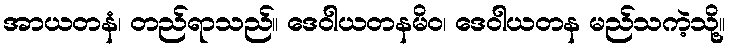
အာယတနံ၊ တည်ရာသည်။ ဒေဝါယတနမိဝ၊ ဒေဝါယတန မည်သကဲ့သို့။